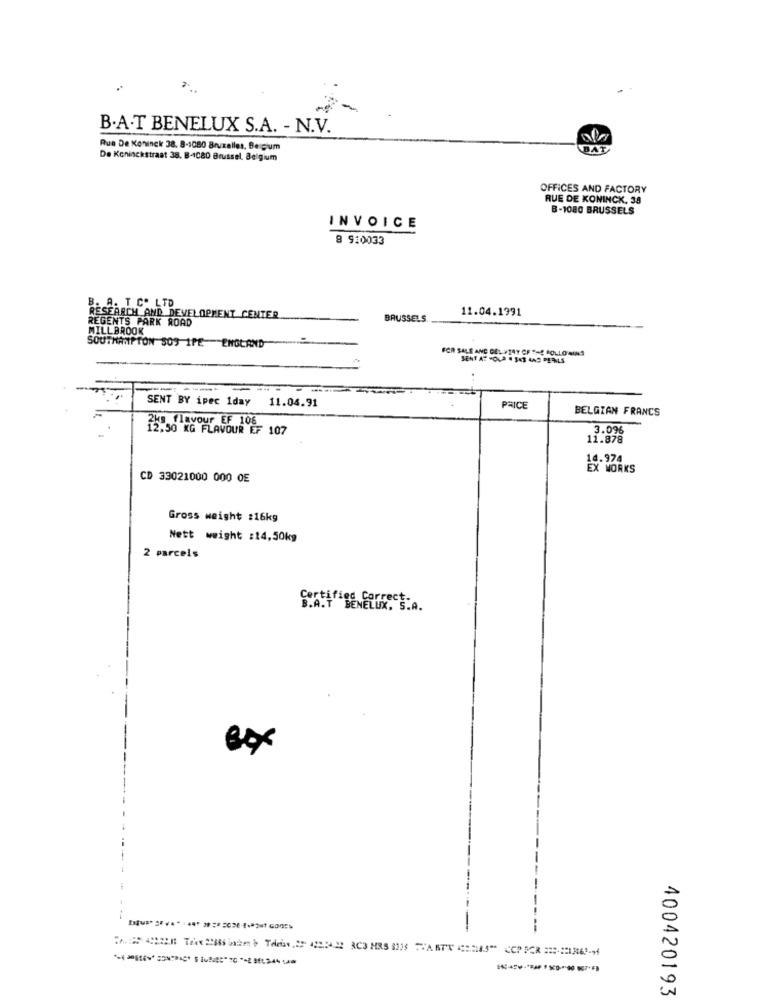
B.A.T BENELUX S.A. - N.V.
Rue De Koninck 38. 8-1080 Bruxelles, Belgium
BAT
De Koninckstraat 38. B-4080 Brussel. Belgium
OFFICES AND FACTORY
RUE DE KONINCK. 38
B-1080 BRUSSELS
INVOICE
8 910033
. A. T.C. LTD
RESEARCH AND DEVELOPMENT CENTER
11.04.1991
REGENTS PARK ROAD
BRUSSELS.
MILLBROOK
SOUTHAMPTON SOS IPE ENGLAND
FOR SALE AND DEL YIAT OF THE FOLLOWING
SENT BY ipec 1day
11.04.91
PRICE
BELGIAN FRANCS
2ks. flavour EF 108
12,50 KG FLAVOUR EF 107
3.096
11.878
14.974
EX WORKS
CD 33021000 000 0E
Gross weight :16kg
Nett weight :14,50kg
2 parcels
Statified Correct.
exx
--
400420193